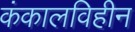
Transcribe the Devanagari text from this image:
कंकालविहीन